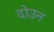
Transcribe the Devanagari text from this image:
दोउन